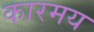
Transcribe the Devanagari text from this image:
कारमय